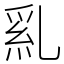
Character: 乿